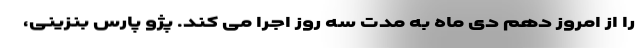
را از امروز دهم دی ماه به مدت سه روز اجرا می کند. پژو پارس بنزینی،